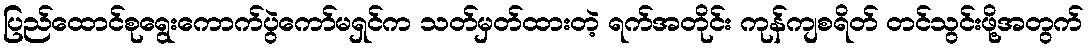
ပြည်ထောင်စုရွေးကောက်ပွဲကော်မရှင်က သတ်မှတ်ထားတဲ့ ရက်အတိုင်း ကုန်ကျစရိတ် တင်သွင်းဖို့အတွက်